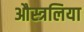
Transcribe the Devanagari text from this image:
औस्त्रलिया